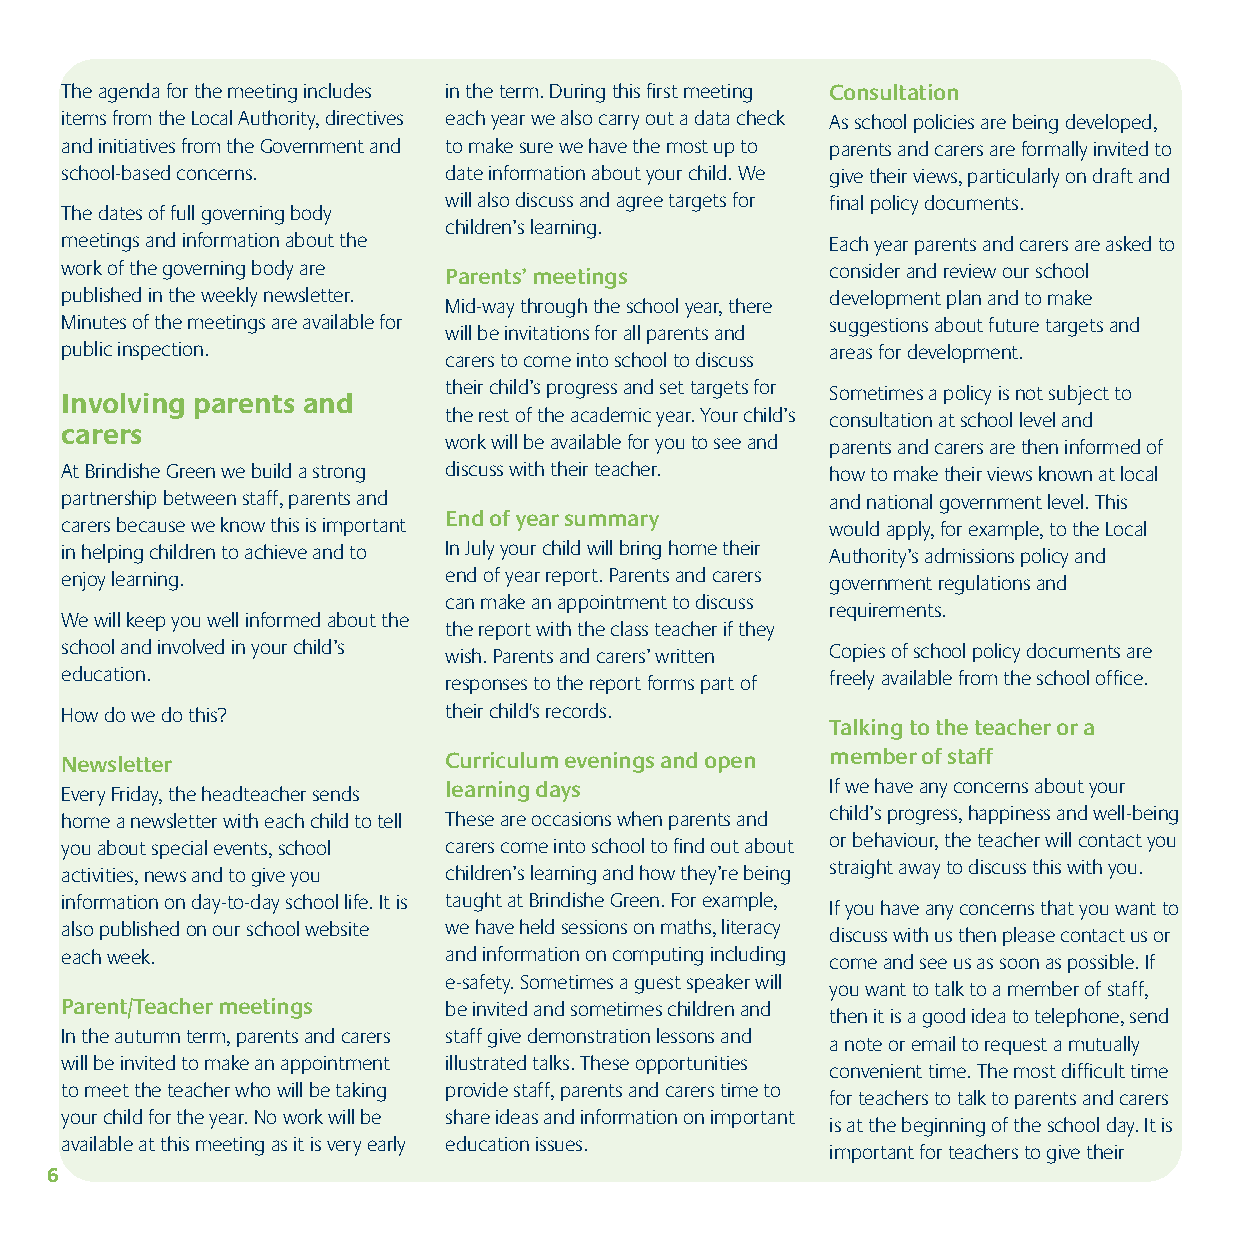
The agenda for the meeting includes in the term. During this first meeting Consultation
 items from the Local Authority, directives each year we also carry out a data check As school policies are being developed,
 and initiatives from the Government and to make sure we have the most up to parents and carers are formally invited to
 school-based concerns.   date information about your child. We give their views, particularly on draft and
 will also discuss and agree targets for final policy documents.
 The dates of full governing body
 children’s learning.
 meetings and information about the                 Each year parents and carers are asked to
 work of the governing body are Parents’ meetings   consider and review our school
 published in the weekly newsletter.                development plan and to make
 Mid-way through the school year, there
 Minutes of the meetings are available for          suggestions about future targets and
 will be invitations for all parents and
 public inspection.                                 areas for development.
 carers to come into school to discuss
 their child’s progress and set targets for Sometimes a policy is not subject to
 Involving parents and
 the rest of the academic year. Your child’s consultation at school level and
 carers
 work will be available for you to see and parents and carers are then informed of
 At Brindishe Green we build a strong discuss with their teacher. how to make their views known at local
 partnership between staff, parents and             and national government level. This
 End of year summary
 carers because we know this is important           would apply, for example, to the Local
 in helping children to achieve and to In July your child will bring home their Authority’s admissions policy and
 enjoy learning.          end of year report. Parents and carers government regulations and
 can make an appointment to discuss
 requirements.
 We will keep you well informed about the
 the report with the class teacher if they
 school and involved in your child’s wish. Parents and carers’ written Copies of school policy documents are
 education.               responses to the report forms part of freely available from the school office.
 How do we do this?       their child's records.
 Talking to the teacher or a
 Newsletter               Curriculum evenings and open member of staff
 Every Friday, the headteacher sends learning days  If we have any concerns about your
 home a newsletter with each child to tell These are occasions when parents and child’s progress, happiness and well-being
 you about special events, school carers come into school to find out about or behaviour, the teacher will contact you
 activities, news and to give you children’s learning and how they’re being straight away to discuss this with you.
 information on day-to-day school life. It is taught at Brindishe Green. For example, If you have any concerns that you want to
 also published on our school website we have held sessions on maths, literacy discuss with us then please contact us or
 each week.               and information on computing including come and see us as soon as possible. If
 e-safety. Sometimes a guest speaker will
 you want to talk to a member of staff,
 Parent/Teacher meetings  be invited and sometimes children and
 then it is a good idea to telephone, send
 In the autumn term, parents and carers staff give demonstration lessons and
 a note or email to request a mutually
 will be invited to make an appointment illustrated talks. These opportunities
 convenient time. The most difficult time
 to meet the teacher who will be taking provide staff, parents and carers time to
 for teachers to talk to parents and carers
 your child for the year. No work will be share ideas and information on important
 is at the beginning of the school day. It is
 available at this meeting as it is very early education issues.
 important for teachers to give their
 6